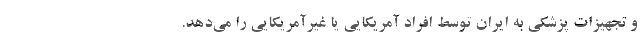
و تجهیزات پزشکی به ایران توسط افراد آمریکایی یا غیرآمریکایی را می‌دهد.